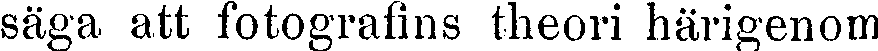
säga att fotografins theori härigenom